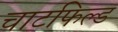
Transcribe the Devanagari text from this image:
चाटफिल्ड